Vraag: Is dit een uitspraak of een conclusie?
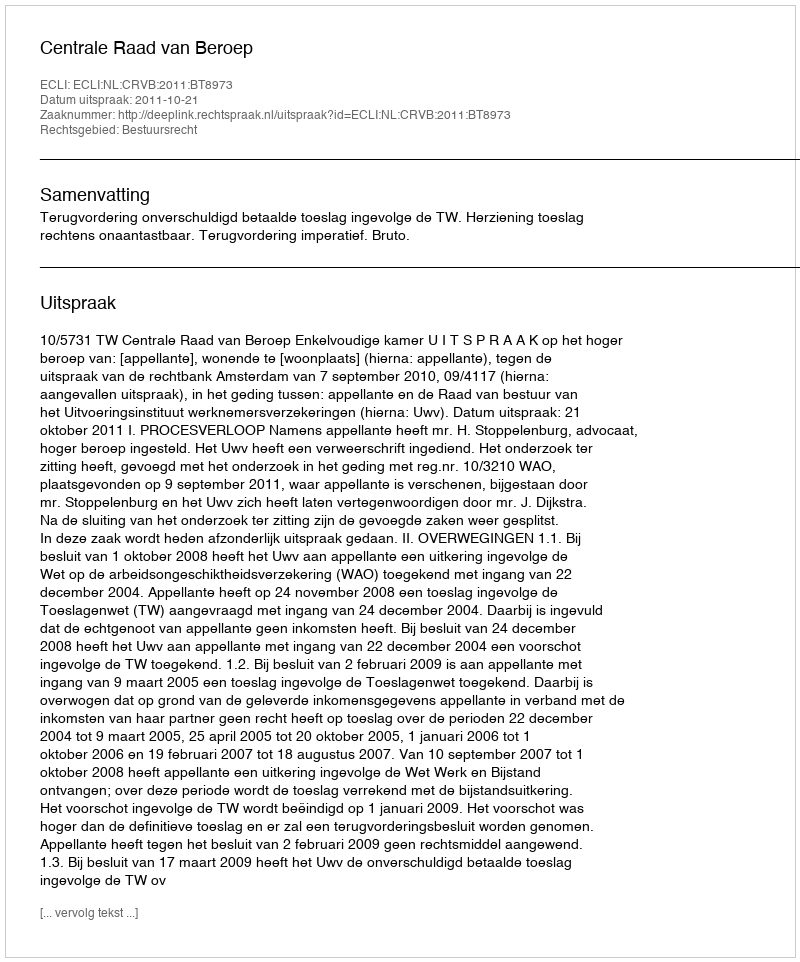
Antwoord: Uitspraak